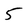
Character: 5